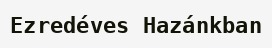
Ezredéves Hazánkban